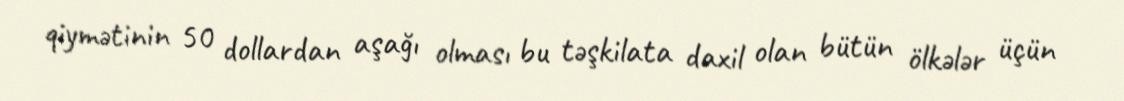
qiymətinin 50 dollardan aşağı olması bu təşkilata daxil olan bütün ölkələr üçün